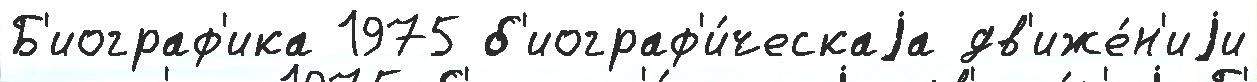
Б'иограф'ика 1975 б'иограф'и́ческаjа дв'иже́н'иjи